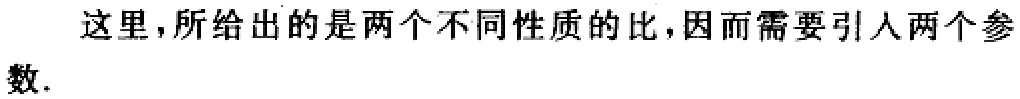
这里,所给出的是两个不同性质的比,因而需要引入两个参数.